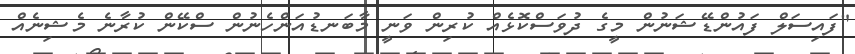
"ފައިސަލް ފައުންޑޭޝަނުން މީގެ ދުވަސްކޮޅެއް ކުރިން ވަނީ މާބަނޑުއަންހެނުން ސްކޭން ކުރާނެ މެޝިނެއް